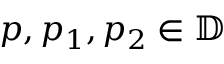
{ p , p _ { 1 } , p _ { 2 } \in \mathbb { D } }